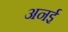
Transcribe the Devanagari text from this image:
अनई